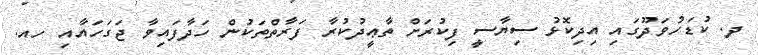
ދ. ކުޑަހުވަދޫގައި އިދިކޮޅު ސިޔާސީ ފިކުރަށް ތާޢީދުކުރާ ފަރާތްތަކުން ހަދާފައިވާ ޖަގަހައާއި ހއ.